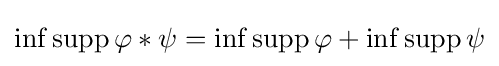
\inf \operatorname {supp} \varphi \ast \psi =\inf \operatorname {supp} \varphi +\inf \operatorname {supp} \psi